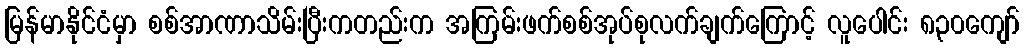
မြန်မာနိုင်ငံမှာ စစ်အာဏာသိမ်းပြီးကတည်းက အကြမ်းဖက်စစ်အုပ်စုလက်ချက်ကြောင့် လူပေါင်း ၈၃၀ကျော်